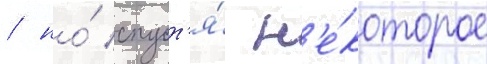
/ но́ спуст'я́ н'е́которое